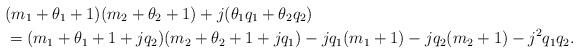
LaTeX: \begin{align*} &(m_1+\theta_1+1)(m_2+\theta_2+1) + j ( \theta_1 q_1 + \theta_2 q_2 ) \\& = (m_1+\theta_1+1 + j q_2 )(m_2+\theta_2+1 + jq_1 ) - jq_1(m_1+1) - jq_2(m_2+1) - j^2q_1q_2. \end{align*}